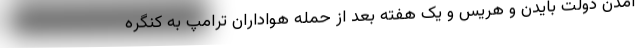
آمدن دولت بایدن و هریس و یک هفته بعد از حمله هواداران ترامپ به کنگره